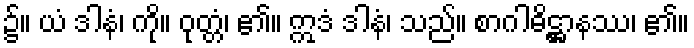
၌။ ယံ ဒါနံ၊ ကို။ ဝုတ္တံ၊ ၏။ ဣဒံ ဒါနံ၊ သည်။ စာဂါဓိဋ္ဌာနဿ၊ ၏။